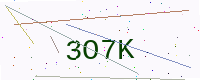
Text: 3O7K